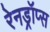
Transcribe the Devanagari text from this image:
रेनड्रॉप्स